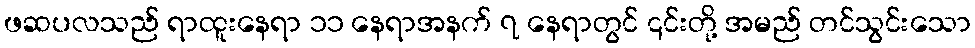
ဖဆပလသည် ရာထူးနေရာ ၁၁ နေရာအနက် ၇ နေရာတွင် ၎င်းတို့ အမည် တင်သွင်းသော